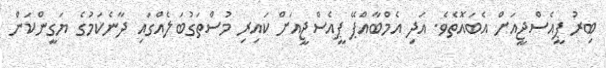
ބިރު ޕީއެސްޖީއަށް އެބައޮތެވެ. އަދި އެމްބާއްޕޭ ޕީއެސްޖީއަށް ކައިރި މުސްތަގުބަލެއްގައި ދާނެކަމުގެ ޔަގީންކަން